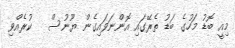
މިއީ ބޮޑު މަހުގެ ބަޑު ތެރޭގައި އޮންނަވައިގެން ޔޫނުސް   ކުރެއްވި